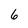
Character: 6